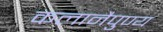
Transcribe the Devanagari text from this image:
कलानैपुण्य